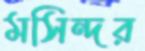
মসিন্দর